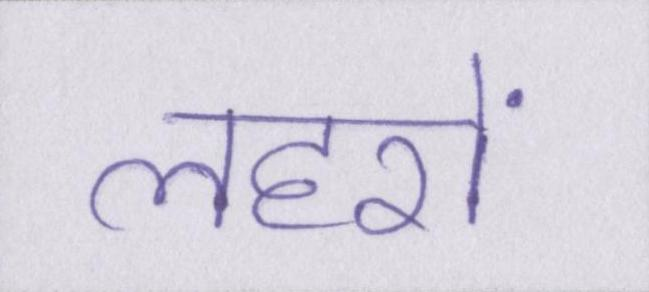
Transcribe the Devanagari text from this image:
लहरों